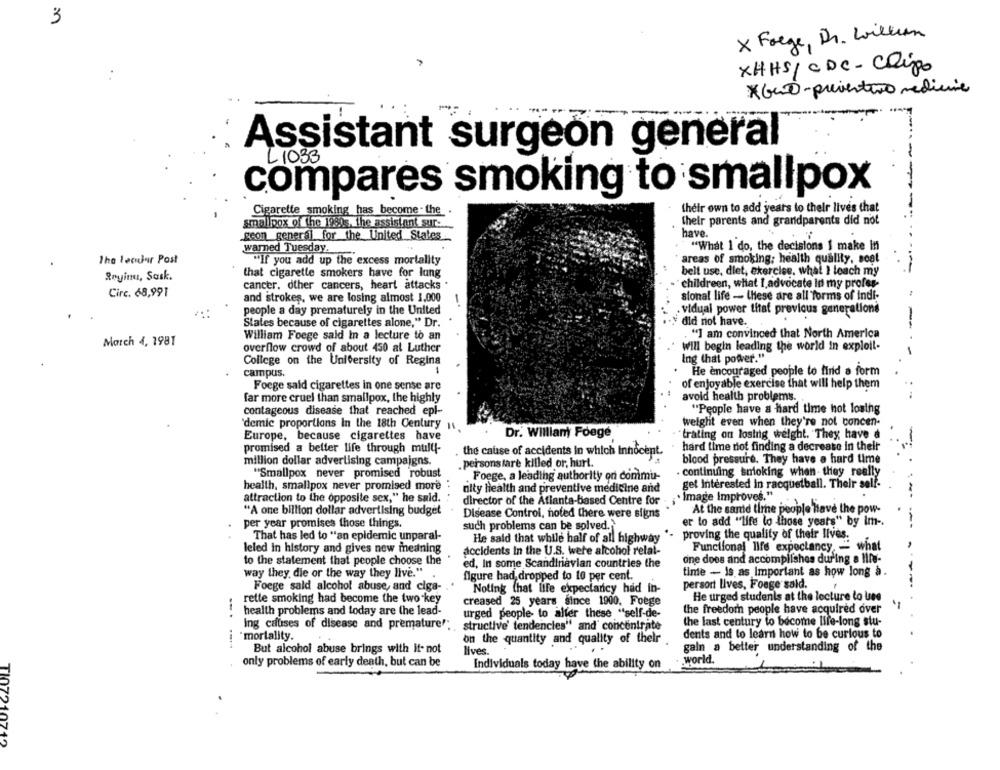
3
x Forge, Dr. William
XHHS/ CDC- Chips
* Gut-preventivo medicine
Assistant surgeon general
L1033
compares smoking to smallpox
Cigarette smoking has become . the.
their own to add years to their lives that
smallpox of the 1980s, The assistant sur.
their parents and grandparents did not
geon general for the United States
have.
warned Tuesday,
"What I do, the decisions I make in
The lecular Post
"If you add up the excess mortality
areas of smoking; health quality, sont
Rryinu, Sark.
that cigarette smokers have for lung
belt use, diet, exercise, what I teach my
cancer. other cancers, heart attacks
childreen, what I,advocate In my profes-
Circ. 68,991
and strokes, we are losing almost 1,000
sional life - these are all forms of indi-
people a day prematurely in the United
.vidual power that previous generatione
States because of cigarettes alone," Dr.
.
did not have.
-
William Foege said in a lecture to an
"] am convinced that North America
March 4, 1981
overflow crowd of about 450 al Luther
Will begin leading the world in exploit-
College on the University of Regina
Ing (hat power."
campus.
He encouraged people to find a form
of enjoyable exercise that will help them
Foege sald cigarettes in one sense are
far more cruel than smallpox, the highly
avoid health problems.
contageous disease that reached epl-
"People have a hard time hot losthg
weight even when they're not concen-
demic proportions In the 18th Century 1
Europe, because cigarettes have
Dr. William Foege
"trating on losing weight. They have d
hard time not finding a decrease in their
promised a better life through mull-
the cause of accidents in which Innocent.
million dollar advertising campaigns.
. persons fare killed or, hurt.
blood pressure. They have a hard time
"Smallpox never promised robust
Foege, a leading authority on commu-
. continuing smoking when- they really
health, smallpox never promised more
get interested in racquetball. Their self-
nity Health and preventive medicine and
attraction to the opposite sex," he said.
director of the Atlanta-based Centre for
Image Improves."
-*
"A one billion dollar advertising budget
Disease Control, noted there were signs
At the same time people Have the pow-
per year promises those things.
er to add "life lo those years" by Im -.
such problems can be solved.
That has led to "an epidemic unparal-
He said that while half of all highway
proving the quality of their lives.
Functional life expectancy, - what
leled in history and gives new meaning
accidents in the U.S. were alcohol relat-
to the statement that people choose the
one does and accomplishes during a Ille-
ed, In some Scandinavian countries the
way they, die or the way they live."
figure had dropped to to per cent.
time - is as Important as how long à.
persort lives, Foage said.
Foege sald alcohol abuse, and ciga-
Noting that life expectancy had in-
rette smoking had become the two key
He urged students at the lecture to Use
creased 25 years since 1900. Foege
the freedom people have acquired over
health problems and today are the lead-
urged people to alfer these "self-de-
Ing causes of disease and premature".
the last century to become life-long stu-
structive' tendencies" and' concentrate
"mortality.
on the quantity and quality of their
dents and to learn how to be curious to
galn a better understanding of the
But alcohol abuse brings with it- not
Ilves.
only problems of early death, but can be
world.
Individuals today have the ability on
TI07210712